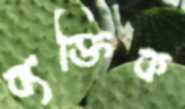
ব্যক্তিক